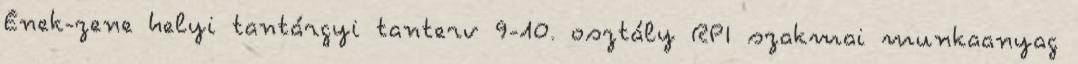
Ének-zene helyi tantárgyi tanterv 9-10. osztály RPI szakmai munkaanyag